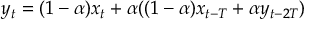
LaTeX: y _ { t } = ( 1 - \alpha ) x _ { t } + \alpha ( ( 1 - \alpha ) x _ { t - T } + \alpha y _ { t - 2 T } )